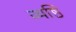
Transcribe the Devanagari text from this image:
व्यष्ठि